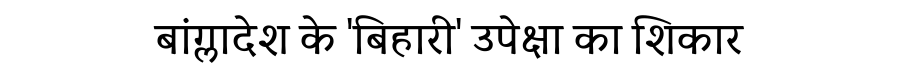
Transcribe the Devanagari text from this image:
बांग्लादेश के 'बिहारी' उपेक्षा का शिकार